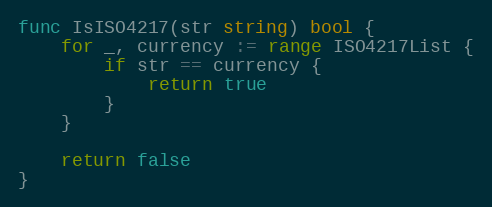
Language: Go
func IsISO4217(str string) bool {
	for _, currency := range ISO4217List {
		if str == currency {
			return true
		}
	}

	return false
}